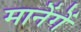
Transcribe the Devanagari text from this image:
मानेंगें